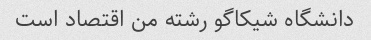
دانشگاه شیکاگو رشته من اقتصاد است